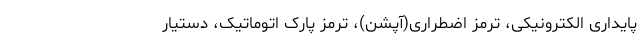
پایداری الکترونیکی، ترمز اضطراری(آپشن)، ترمز پارک اتوماتیک، دستیار